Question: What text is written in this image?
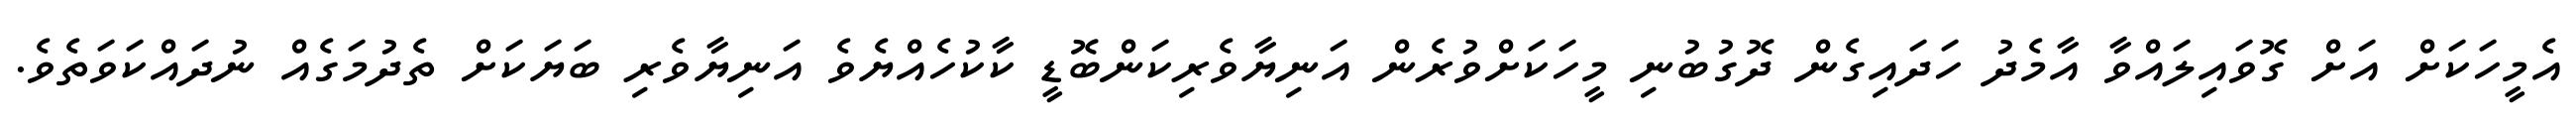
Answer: އެމީހަކަށް އަށް ގޮވައިލައްވާ އާމެދު ހަދައިގެން ދޮގުބުނި މީހަކަށްވުރެން އަނިޔާވެރިކަންބޮޑީ ކާކުހެއްޔެވެ އަނިޔާވެރި ބަޔަކަށް ތެދުމަގެއް ނުދައްކަވަތެވެ.